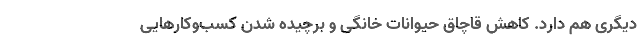
دیگری هم دارد. کاهش قاچاق حیوانات خانگی و برچیده شدن کسب‌وکارهایی